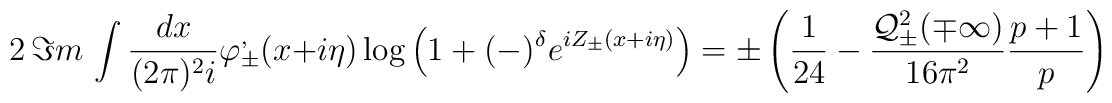
2\, \Im m\, \int \frac{dx}{(2\pi )^{2}i}\varphi ^{,}_{\pm }(x+i\eta )\log \left( 1+(-)^{\delta }e^{iZ_{\pm }(x+i\eta )}\right) =\pm \left( \frac{1}{24}-\frac{{\cal Q}^{2}_{\pm }(\mp \infty )}{16\pi ^{2}}\frac{p+1}{p}\right)